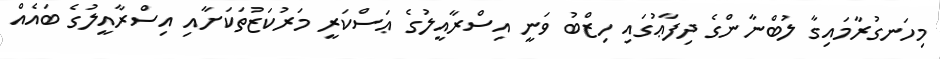
މިހަނގުރާމައިގާ ލުބްނާންގެ ދިފާޢުގައި ހިޒްބު ވަނީ އިސްރާއީލުގެ ޢަސްކަރީ މަރުކަޒުތަކަށާއި އިސްރާއީލުގެ ބައެއް